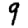
Digit: 9